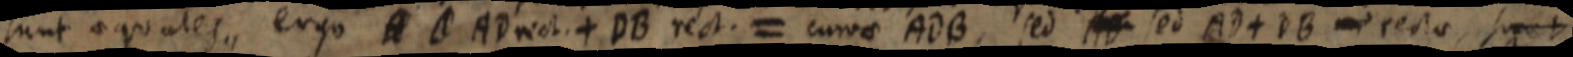
sunt aequales ergo A _ AD rect. + DB rect. = curvae ADB, sed AB sed AD + DB rectae, sunt